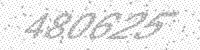
Solution: 480625